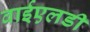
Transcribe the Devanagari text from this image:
वाईएलडी